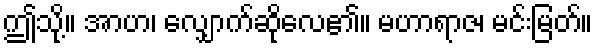
ဤသို့။ အာဟ၊ လျှောက်ဆိုလေ၏။ မဟာရာဇ၊ မင်းမြတ်။